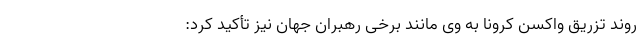
روند تزریق واکسن کرونا به وی مانند برخی رهبران جهان نیز تأکید کرد: